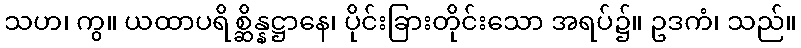
သဟ၊ ကွ။ ယထာပရိစ္ဆိန္နဋ္ဌာနေ၊ ပိုင်းခြားတိုင်းသော အရပ်၌။ ဥဒကံ၊ သည်။